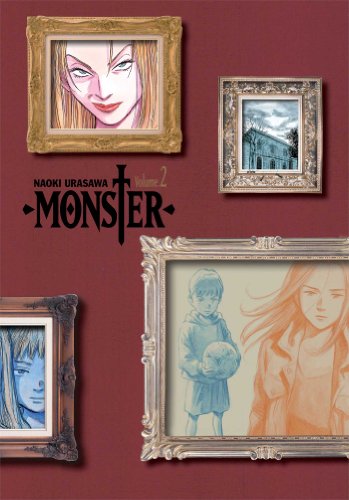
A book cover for Monster, Vol. 2: The Perfect Edition; Naoki Urasawa; Comics & Graphic Novels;